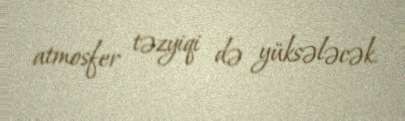
atmosfer təzyiqi də yüksələcək.